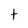
Character: t